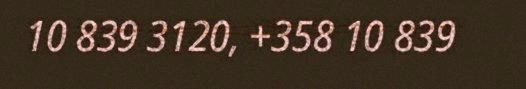
10 839 3120, +358 10 839